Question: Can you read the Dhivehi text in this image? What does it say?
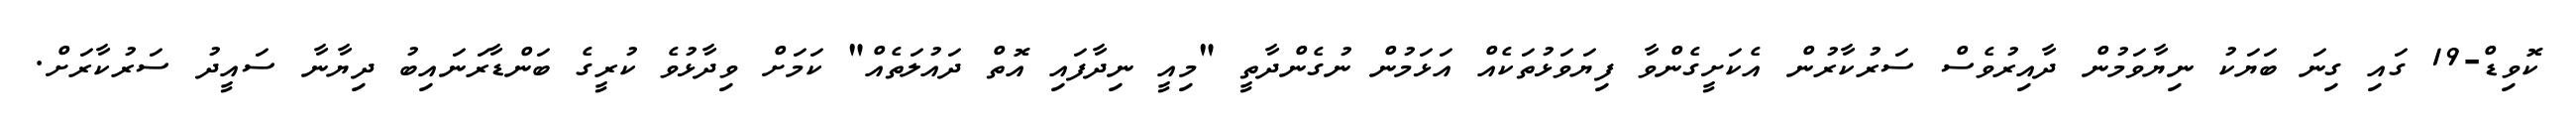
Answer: ކޮވިޑް-19 ގައި ގިނަ ބަޔަކު ނިޔާވަމުން ދާއިރުވެސް ސަރުކާރުން އެކަށީގެންވާ ފިޔަވަޅުތަކެއް އަޅަމުން ނުގެންދާތީ "މިއީ ނިދާފައި އޮތް ދައުލަތެއް" ކަމަށް ވިދާޅުވެ ކުރީގެ ބަންޑާރަނައިބު ދިޔާނާ ސައީދު ސަރުކާރަށް.